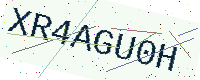
Text: XR4AGU0H